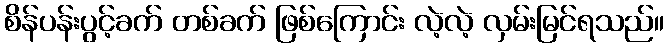
စိန်ပန်းပွင့်ခက် တစ်ခက် ဖြစ်ကြောင်း လဲ့လဲ့ လှမ်းမြင်ရသည်။